Indian Civil Veterinary Department memoirs
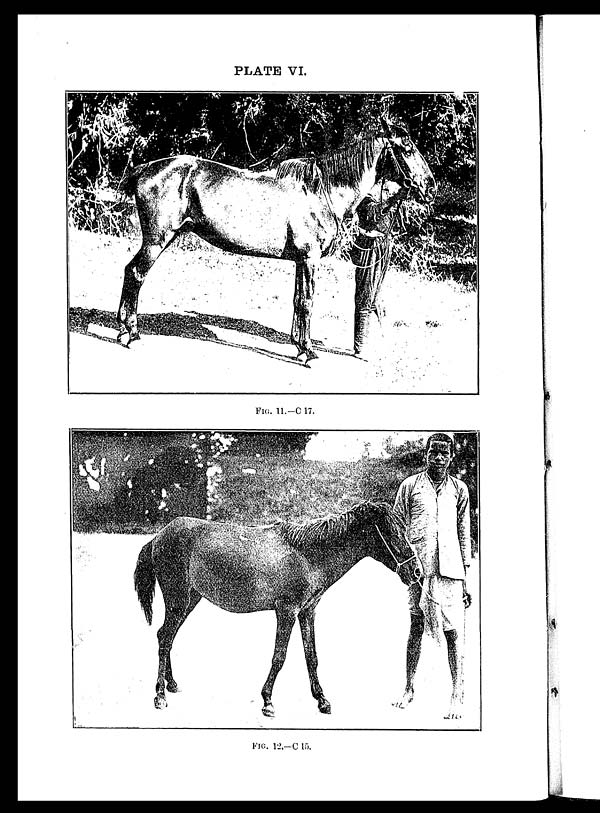
PLATE VI.
FIG. 11.—C 17.
FIG. 12.—C 15.